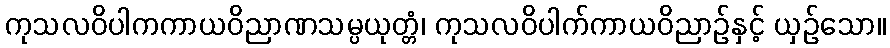
ကုသလဝိပါကကာယဝိညာဏသမ္ပယုတ္တံ၊ ကုသလဝိပါက်ကာယဝိညာဉ်နှင့် ယှဉ်သော။